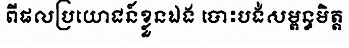
ពីផលប្រយោជន៍ខ្លួនឯង បោះបង់សម្ពន្ធមិត្ត